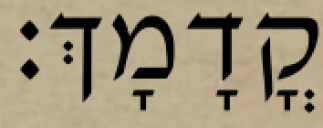
קֳדָמָךְ׃